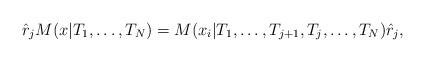
LaTeX: \begin{align*}\hat{r}_{j}M(x|T_{1},\ldots ,T_{N})=M(x_{i}|T_{1},\ldots,T_{j+1},T_{j},\ldots ,T_{N})\hat{r}_{j}, \end{align*}